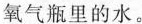
氧气瓶里的水。